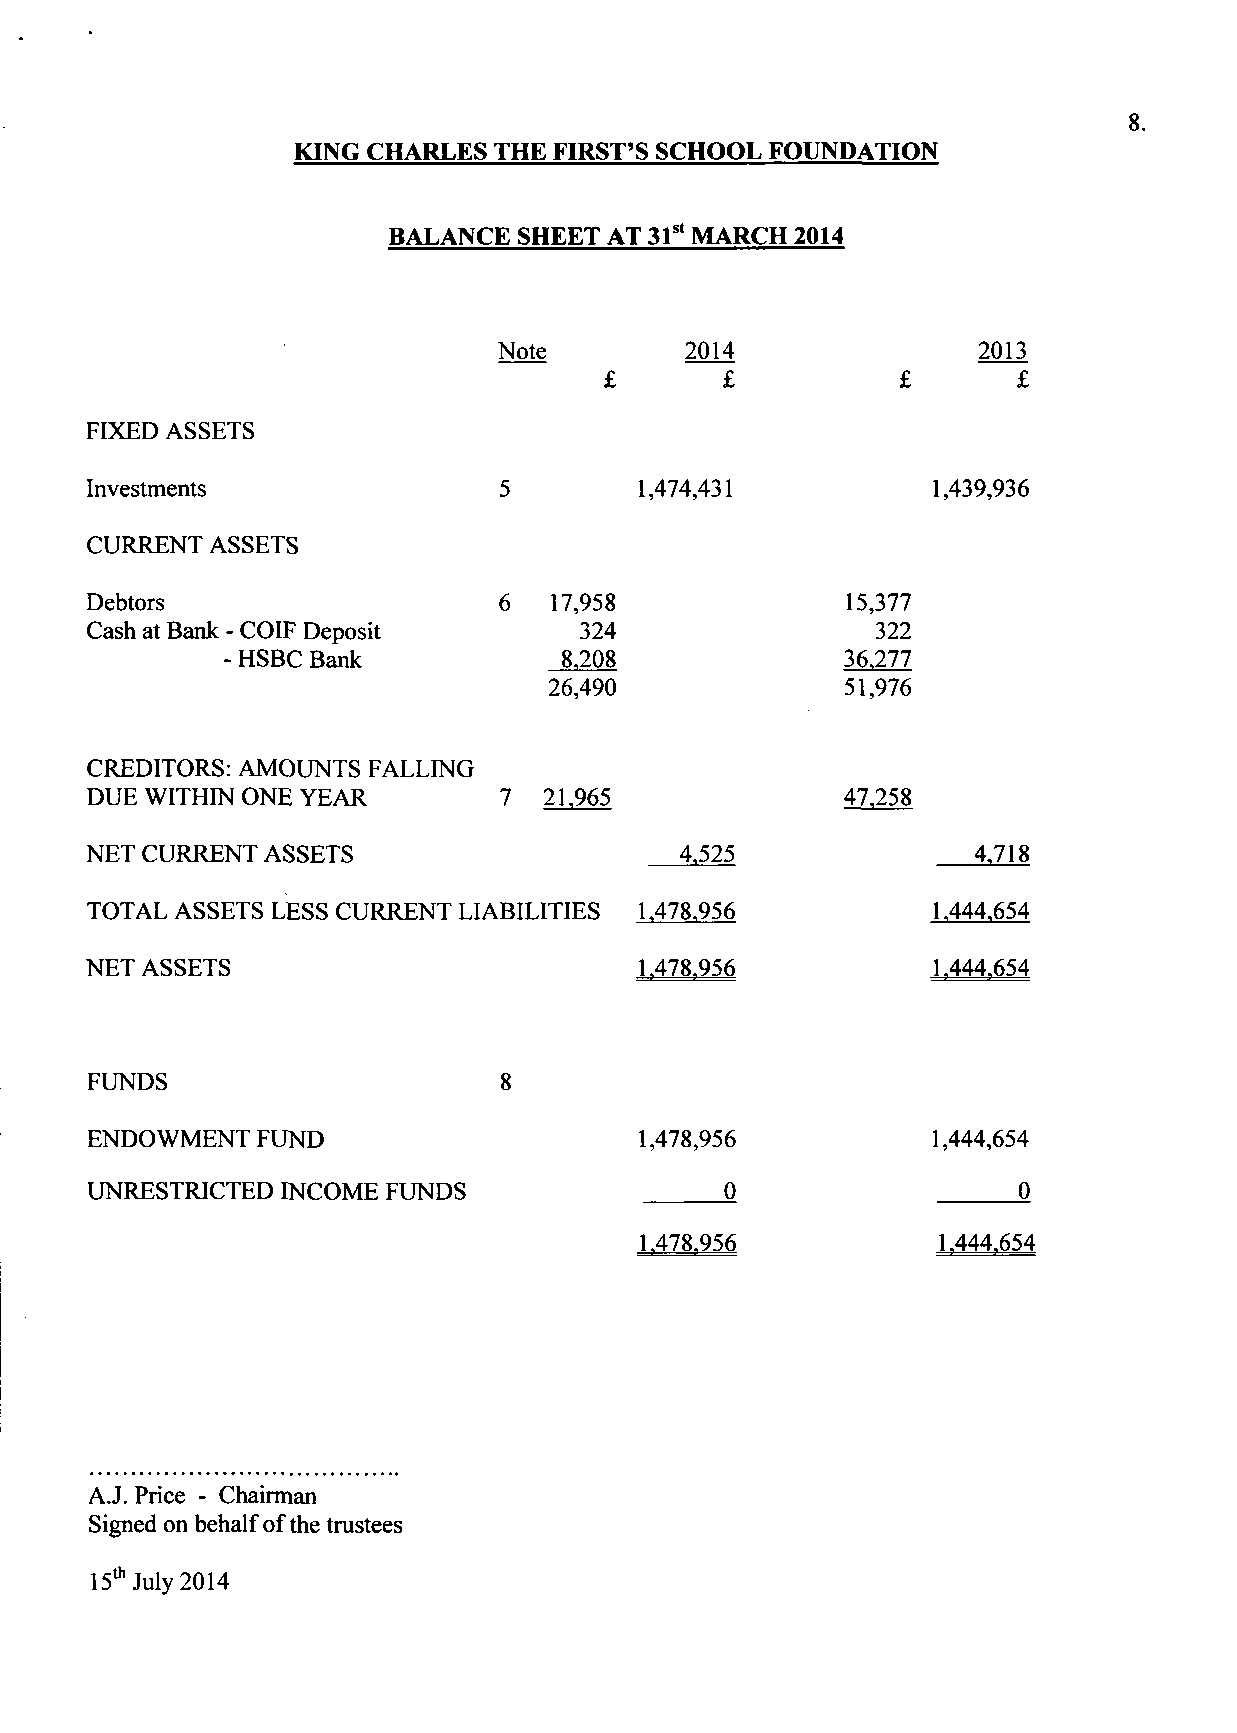
8.
 KING CHARLES THE FIRST'S SCHOOL FOUNDATION
 BALANCE SHEET AT 31st MARCH 2014
 Note        2014                2013
 FIXED ASSETS
 Investments                         1,474,431           1,439,936
 CURRENT ASSETS
 Debtors                       17,958              15,377
 324                 322
 Cash at Bank - COIF Deposit
 8,208              36.277
 - HSBC Bank
 26,490              51,976
 CREDITORS: AMOUNTS FALLING
 DUE WITHIN ONE YEAR        7  21.965              47.258
 NET CURRENT ASSETS                     4,525              4.718
 TOTAL ASSETS LESS CURRENT LIABILITIES 1,478,956         1.444.654
 NET ASSETS                          1.478.956           1.444.654
 FUNDS
 ENDOWMENT  FUND                     1,478,956           1,444,654
 UNRESTRICTED INCOME FUNDS                 0                  0
 1.478.956           1.444.654
 A.J. Price - Chairman
 Signed on behalf of the trustees
 15th July 2014